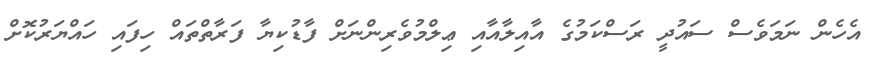
އެހެން ނަމަވެސް ސައުދީ ރަސްކަމުގެ އާއިލާއާއި ޢިލްމުވެރިންނަށް ފާޑުކިޔާ ފަރާތްތައް ހިފައި ހައްޔަރުކޮށް